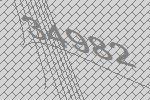
34982